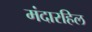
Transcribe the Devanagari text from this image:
मंदारहिल